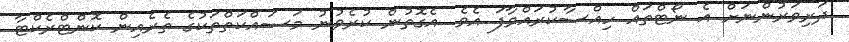
ދަރިވަރުންނަށް އެ ނޯޓްތައް ހިއްސާކުރައްވާފަ އެވެ. އެގޮތުން ކުރެވުނު މަސައްކަތްތަކުގެ ތެރެއިން ކޮންޓްރެކްޓާ